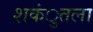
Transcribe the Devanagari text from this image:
शकंुतला